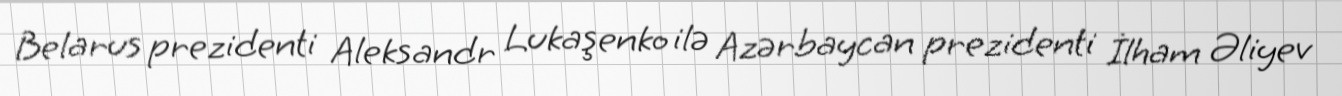
Belarus prezidenti Aleksandr Lukaşenko ilə Azərbaycan prezidenti İlham Əliyev